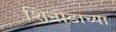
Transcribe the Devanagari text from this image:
शिनोडाच्या